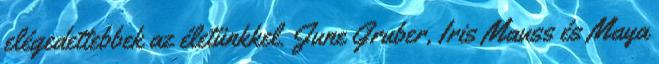
elégedettebbek az életünkkel. June Gruber, Iris Mauss és Maya